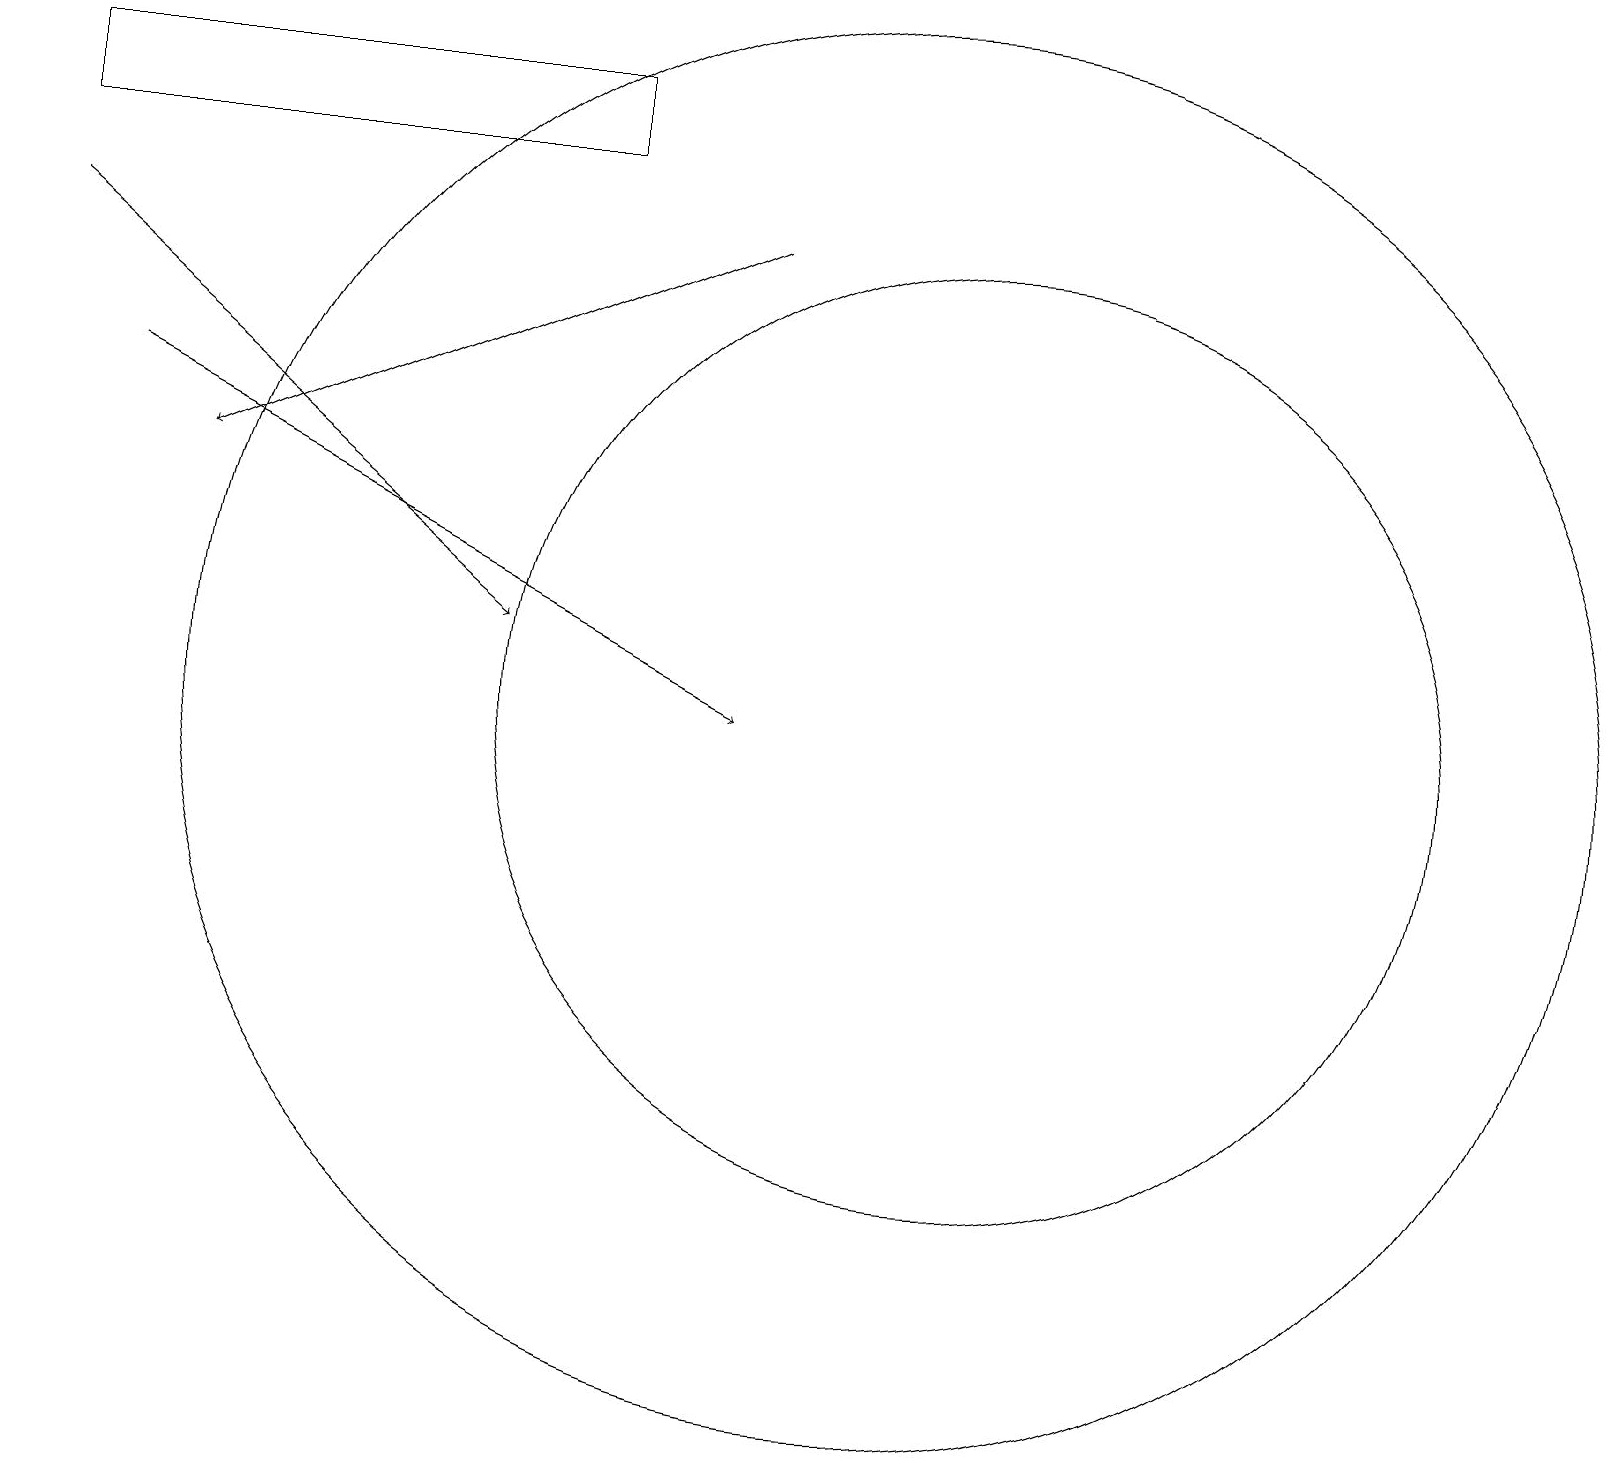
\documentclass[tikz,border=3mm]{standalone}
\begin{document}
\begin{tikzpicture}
\draw (11,11) circle (9);
\draw[->] (1,15) -- (9,11);
\draw (12,11) circle (6);
\draw[->] (0,17) -- (6,12);
\draw[->] (9,17) -- (2,14);
\draw (7,19) rectangle (0,18);
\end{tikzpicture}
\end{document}